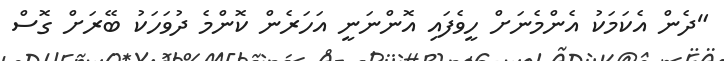
"ދެން އެކަމަކު އެންމެނަށް ހީވެފައި އޮންނަނީ އަހަރެން ކޮންމެ ދުވަހަކު ބޭރަށް ގޮސް